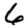
Digit: 6